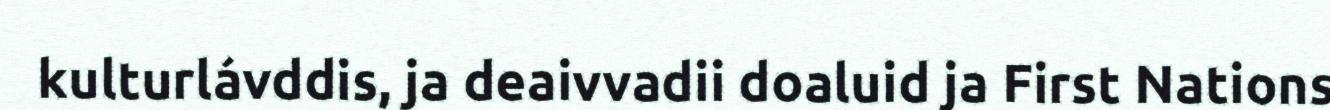
kulturlávddis, ja deaivvadii doaluid ja First Nations